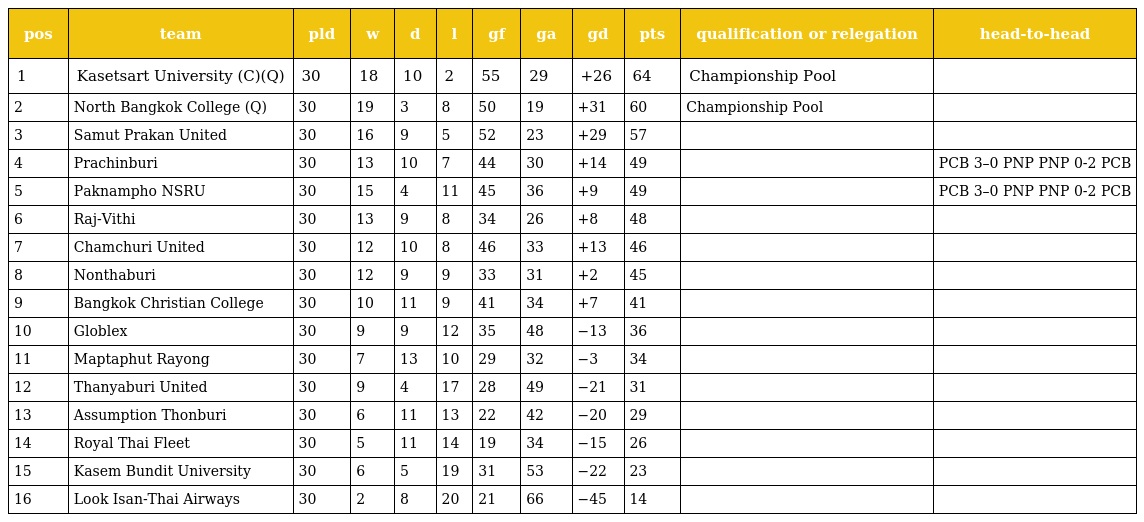
| pos | team | pld | w | d | l | gf | ga | gd | pts | qualification or relegation | head-to-head |
 | --- | --- | --- | --- | --- | --- | --- | --- | --- | --- | --- | --- |
 | 1 | Kasetsart University (C)(Q) | 30 | 18 | 10 | 2 | 55 | 29 | +26 | 64 | Championship Pool |  |
 | 2 | North Bangkok College (Q) | 30 | 19 | 3 | 8 | 50 | 19 | +31 | 60 | Championship Pool |  |
 | 3 | Samut Prakan United | 30 | 16 | 9 | 5 | 52 | 23 | +29 | 57 |  |  |
 | 4 | Prachinburi | 30 | 13 | 10 | 7 | 44 | 30 | +14 | 49 |  | PCB 3–0 PNP PNP 0-2 PCB |
 | 5 | Paknampho NSRU | 30 | 15 | 4 | 11 | 45 | 36 | +9 | 49 |  | PCB 3–0 PNP PNP 0-2 PCB |
 | 6 | Raj-Vithi | 30 | 13 | 9 | 8 | 34 | 26 | +8 | 48 |  |  |
 | 7 | Chamchuri United | 30 | 12 | 10 | 8 | 46 | 33 | +13 | 46 |  |  |
 | 8 | Nonthaburi | 30 | 12 | 9 | 9 | 33 | 31 | +2 | 45 |  |  |
 | 9 | Bangkok Christian College | 30 | 10 | 11 | 9 | 41 | 34 | +7 | 41 |  |  |
 | 10 | Globlex | 30 | 9 | 9 | 12 | 35 | 48 | −13 | 36 |  |  |
 | 11 | Maptaphut Rayong | 30 | 7 | 13 | 10 | 29 | 32 | −3 | 34 |  |  |
 | 12 | Thanyaburi United | 30 | 9 | 4 | 17 | 28 | 49 | −21 | 31 |  |  |
 | 13 | Assumption Thonburi | 30 | 6 | 11 | 13 | 22 | 42 | −20 | 29 |  |  |
 | 14 | Royal Thai Fleet | 30 | 5 | 11 | 14 | 19 | 34 | −15 | 26 |  |  |
 | 15 | Kasem Bundit University | 30 | 6 | 5 | 19 | 31 | 53 | −22 | 23 |  |  |
 | 16 | Look Isan-Thai Airways | 30 | 2 | 8 | 20 | 21 | 66 | −45 | 14 |  |  |